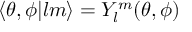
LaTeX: \langle \theta , \phi | l m \rangle = Y _ { l } ^ { m } ( \theta , \phi )